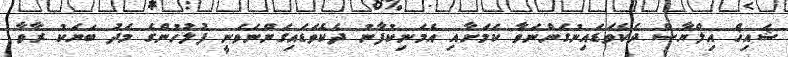
ޝައިޚް އިލްޔާސް ދެކެވަޑައިނުގަންނަވާ ކަމަށާއި އެމަނިކުފާނު ދެކެވަޑައިގަންނަވަނީ ފުލުހުންގެ މަދު ބަޔަކު ރާވާ